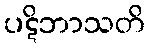
ပဋိဘာသတိ